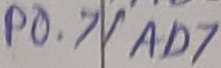
Text: P0.7/AD7